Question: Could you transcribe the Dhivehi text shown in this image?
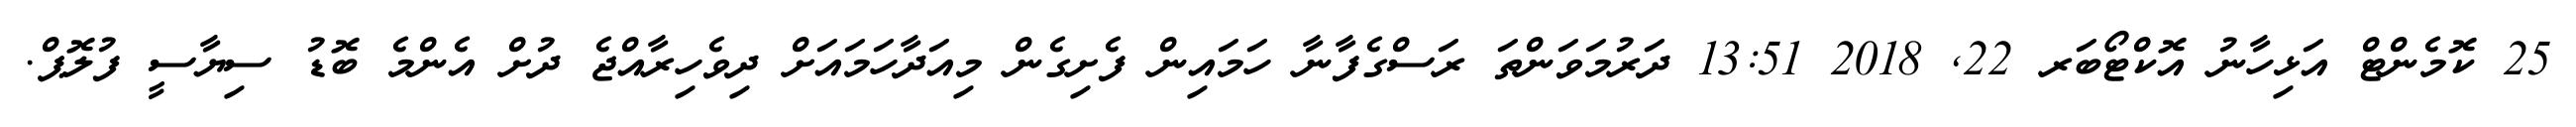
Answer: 25 ކޮމެންޓް އަޅިހާނު އޮކްޓޯބަރ 22, 2018 13:51 ދަރުމަވަންތަ ރަސްގެފާނާ ހަމައިން ފެށިގެން މިއަދާހަމައަށް ދިވެހިރާއްޖެ ދުށް އެންމެ ބޮޑު ސިޔާސީ ފުލޮޕް.